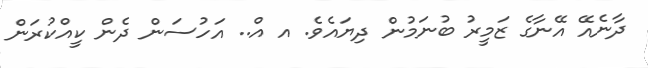
ދާނެއޭ އޭނާގެ ޒަމީރު ބުނަމުން ދިޔައެވެ. އ އް.. އަހުސަން ދެން ކީއްކުރަން